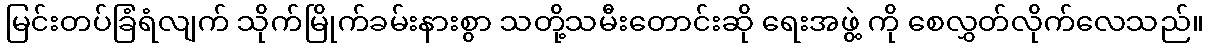
မြင်းတပ်ခြံရံလျက် သိုက်မြိုက်ခမ်းနားစွာ သတို့သမီးတောင်းဆို ရေးအဖွဲ့ ကို စေလွှတ်လိုက်လေသည်။